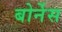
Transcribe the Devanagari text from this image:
बोर्नेस